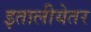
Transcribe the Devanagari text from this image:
इतालीयेतर